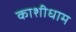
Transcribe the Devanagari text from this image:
काशीधाम